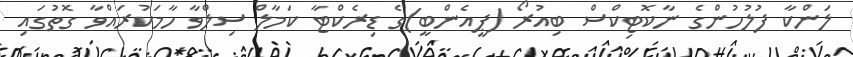
ލަންކާ ފުލުހުންގެ ނާކޮޓިކްސް ބިއުރޯ (ޕީއެންބީ)ގެ ޑިރެކްޓާ ކަމާލް ސިލްވާ ހާމަކުރައްވާ ގޮތުގައި